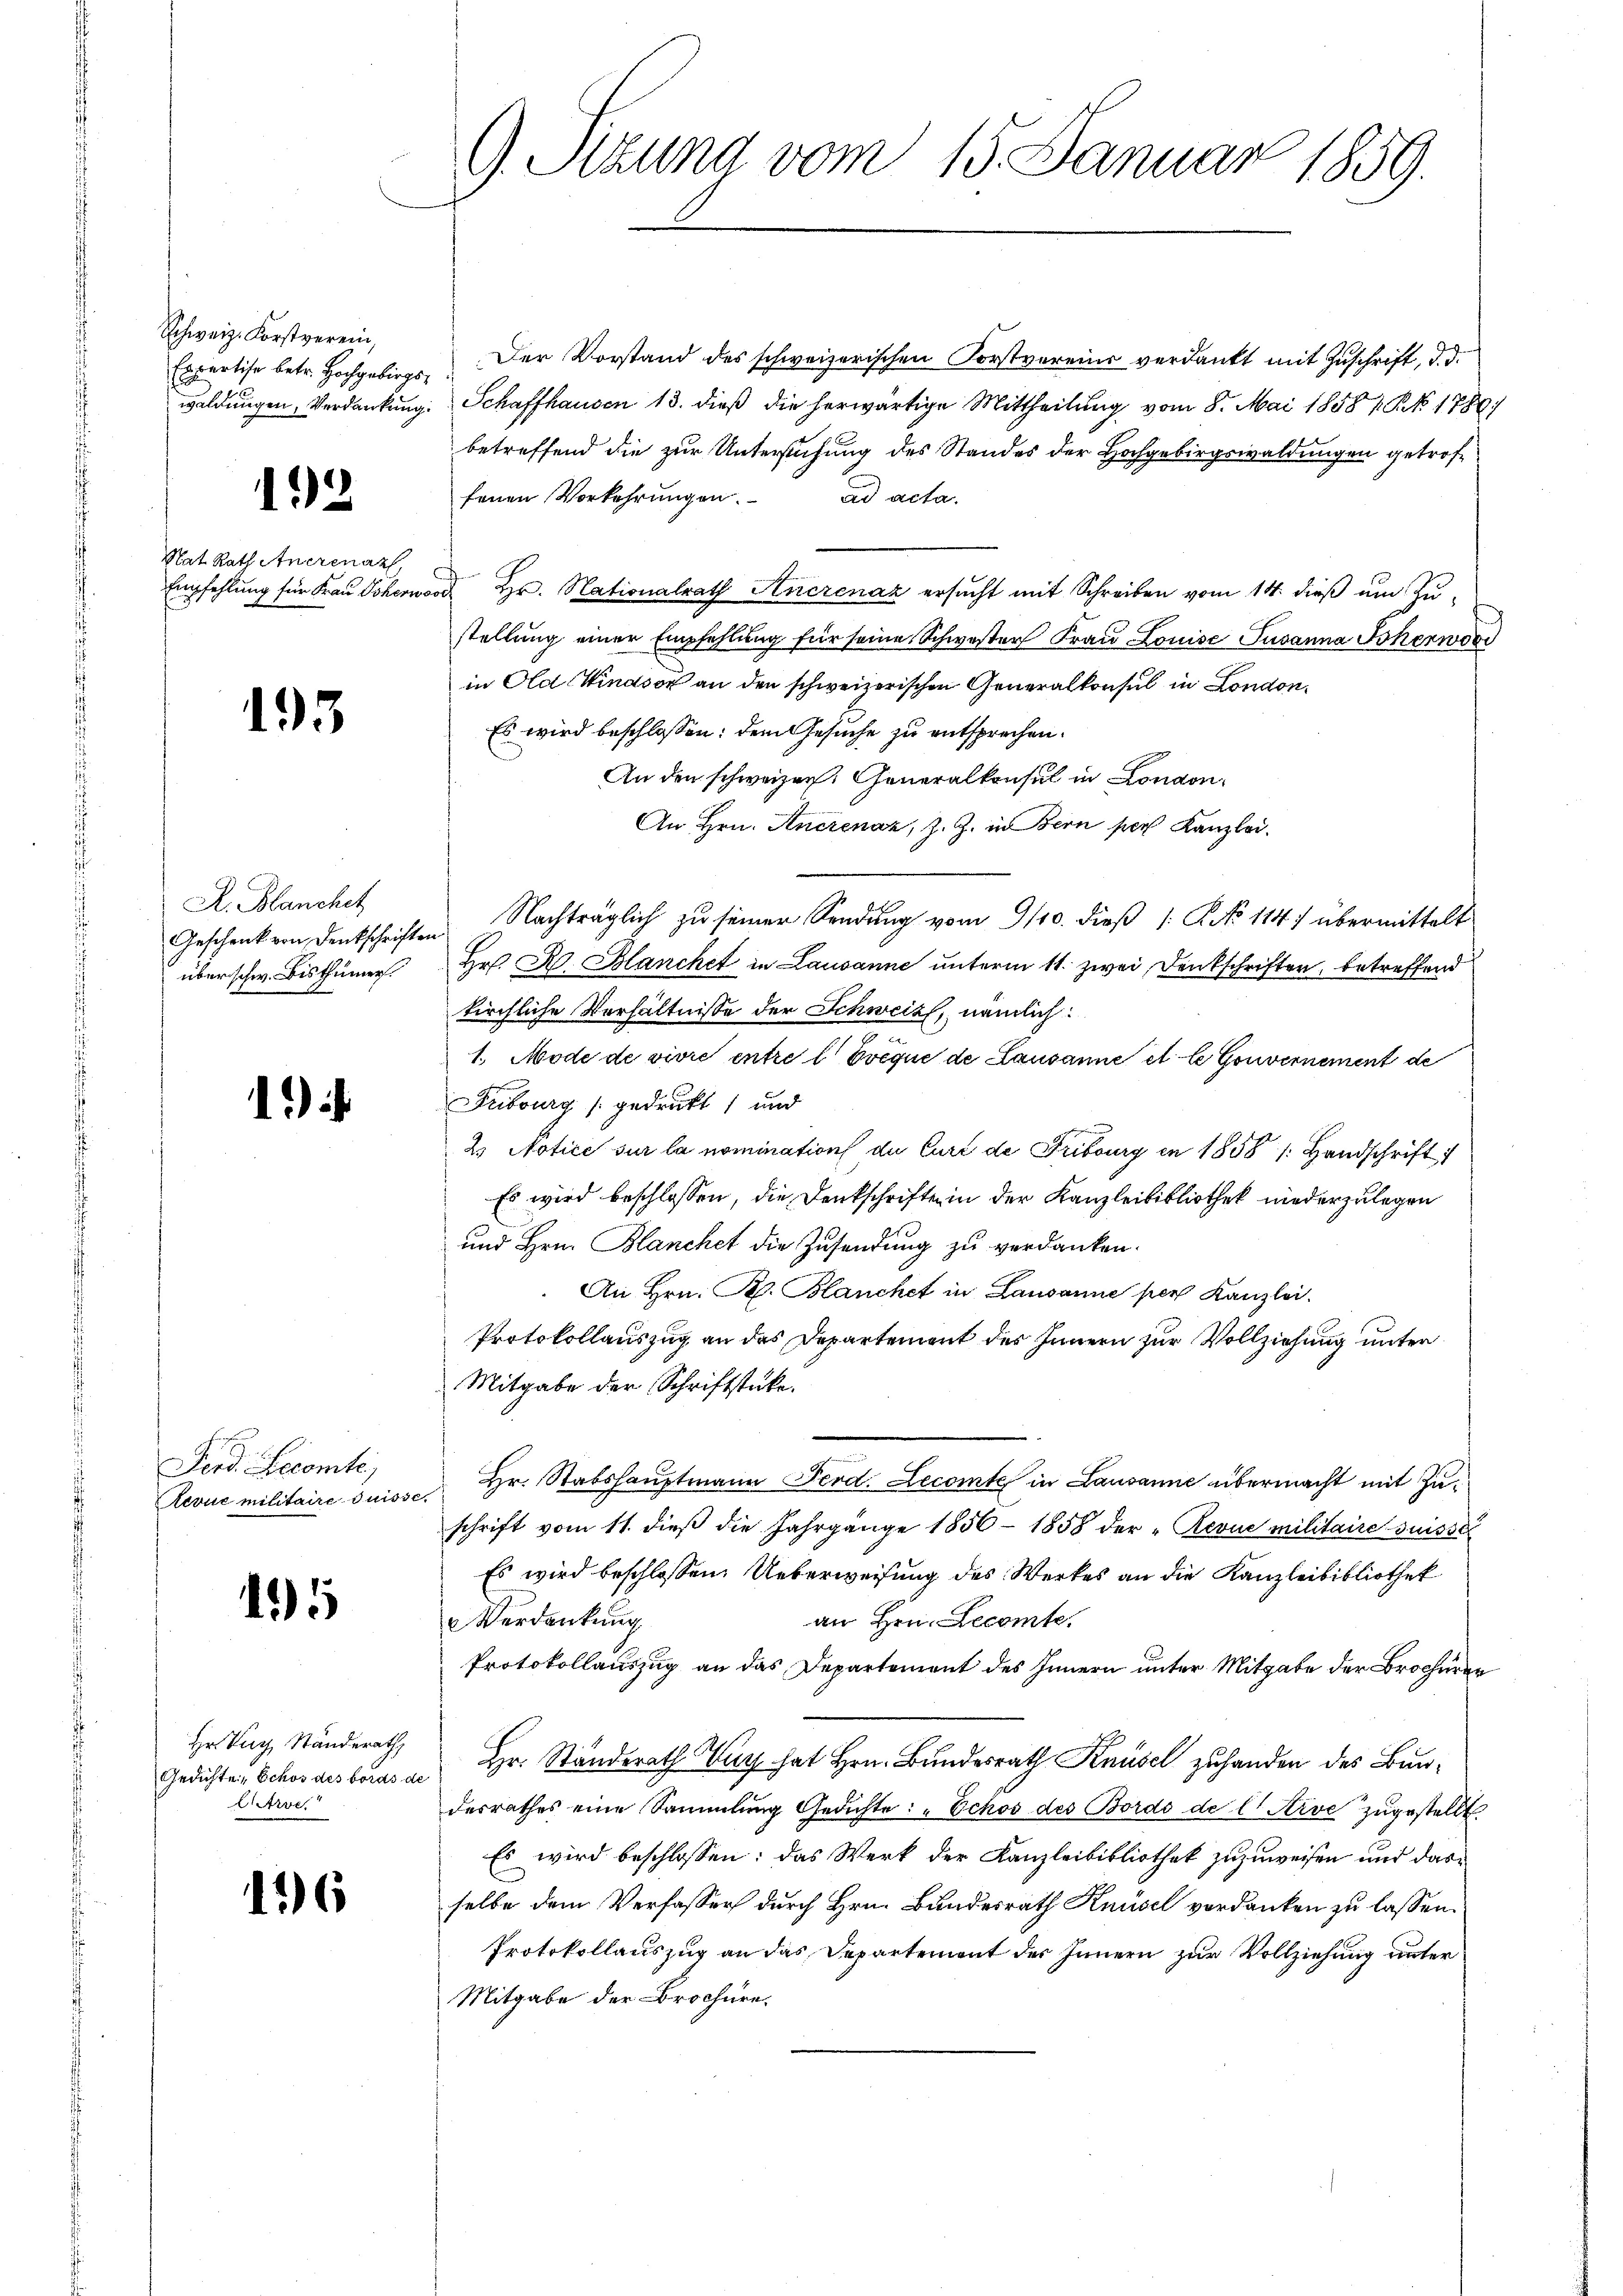
Schweiz. Forstverein,
Expertise betr. Hochgebirgs-

12

Nat Rath Anerenaz
Empfehlung für Frau Schern

195

A. Blanchet
über schw. Bisthümer.

1)

Ferd. Decomte,
Revue militaire Puisse

15

Hr. Tag Ständerath
Gedichte, Schos des boras di
Atrve.

126

G. Sizung vom 15. Januar 1859.

Der Vorstand des schweizerischen Forstvereins verdankt mit Zuschrift, d. d.
waldungen, Verdankung. Schaffhausen 13. dieß die herwärtige Mittheilung vom 8. Mai 18584. No 1789/
betreffend die zur Untersuchung des Standes der Hochgebirgswaldungen getroffenen Vorkehrŭngen. ad acta.
¬
d Hr. Nationalrath Anerenaz ersucht mit Schreiben vom 14. dieß um Zu-
stellung einer Empfehlung für seine Schwester Frau Louise Susanna Scherwor
in Old Windson an den schweizerischen Generalkonsul in London.
Es wird beschlossen: dem Gesuche zu entsprechen.
An den schweizen. Generalkonsul in London,
An Hrn. Ancienaz, Z. Z. in Bern per Kanzlei.
Geschenkern denkschriften Nachträglich zŭ seiner Sendŭng vom 9/10. dieβ (: No 114) übermittelt
Hr. R. Blanchet in Lausanne unterm 11. zwei Denkschrifter, betreffend
kirchliche Verhältnisse der Schweiz, nämlich:
1. Mode de vivre entre l Dvcque de Lausanne et le Gouvernement de
Fribourg (gedrukt, und
2. Notice sur la nomination du Curi de Fribourg in 1858 /: Handschrift
Es wird beschlossen, die Denkschrifte in der Kanzleibibliothek niederzulegen
und Hrn. Blanchet die Zusendung zu verdanken.
An Hrn. Kl. Blanchet in Lausanne per Kanzlei.
Protokollauszug an das Departement des Innern zur Vollziehung unter
Mitgabe der Schriftstücke.
 Hr. Stabshauptmann Ferd. Decomte in Lausanne übermacht mit Zuschrift vom 11. dieβ die Jahrgange 1856 - 1858 der „Revue militaire suisse
Es wird beschlossen: Ueberweisung des Werkes an die Kanzleibibliothek
an Hrn. Lecomte.
Verdankung
Protokollauszug an das Departement des Innern unter Mitgabe der Brochüren
Hr. Standerath Zug hat Hrn. Bundesrath Knüsel zuhanden des Bundesrathes eine Sammlung Gerichte: „Echos des Bordo del Arve zugestellt
Es wird beschlossen: das Werk der Kanzleibibliothek zuzuweisen und dasselbe dem Verfasser durch Hrn. Bundesrath Knüsel verdanken zu lassen.
Protokollauszug an das Departement des Innern zur Vollziehung unter
Mitgabe der Brochüre.